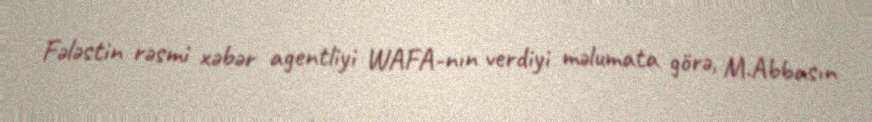
Fələstin rəsmi xəbər agentliyi WAFA-nın verdiyi məlumata görə, M.Abbasın